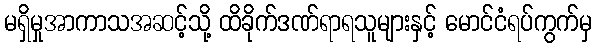
မရှိမှုအာကာသအဆင့်သို့ ထိခိုက်ဒဏ်ရာရသူများနှင့် မောင်ငံရပ်ကွက်မှ